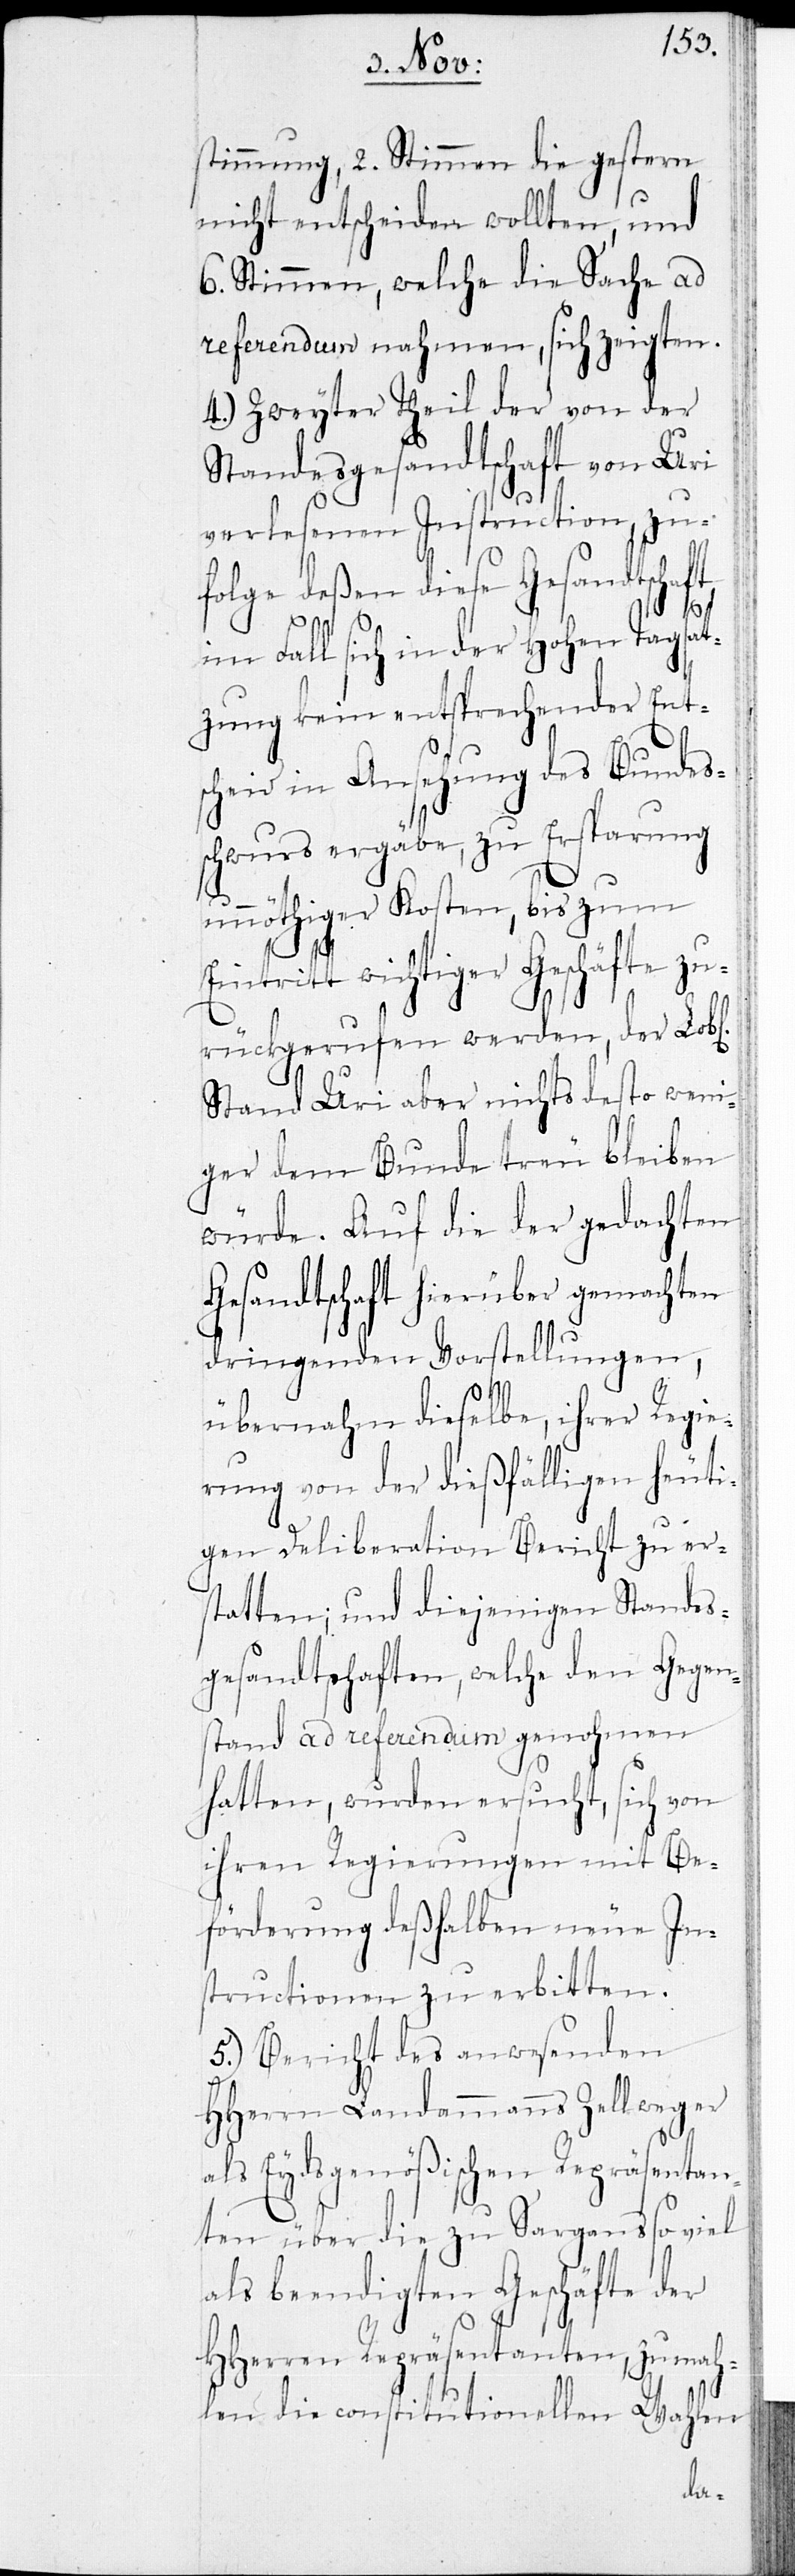
stimmung, 2. Stimmen die gestern
nicht entscheiden wollten, und
6. Stimmen, welche die Sache ad
referendum nahmen, sich zeigten.
4.) Zweyter Theil der von der
Standesgesandtschaft von Uri
verlesenen Instruction, zu¬
folge deßen diese Gesandtschaft
im Fall sich in der Hohen Tagsat¬
zung kein entsprechender Ent¬
scheid in Ansehung des Bundes¬
schwurs ergäbe, zu Ersparung
unnöthiger Kosten, bis zum
Eintritt wichtiger Geschäfte zu¬
rückgerufen werden, der Lobl.
Stand Uri aber nichts desto weni¬
ger dem Bunde treu bleiben
würde. Auf die der gedachten
Gesandtschaft hierüber gemachten
dringenden Vorstellungen,
übernahm dieselbe, ihrer Regie¬
rung von der dießfälligen heuti¬
gen Deliberation Bericht zu er¬
statten; und diejenigen Standes¬
gesandtschaften, welche den Gegen¬
stand ad referendum genohmen
hatten, wurden ersucht, sich von
ihren Regierungen mit Be¬
förderung deshalben neue In¬
structionen zu erbitten.
5.) Bericht des anwesenden
HHerrn Landammanns Zellweger
als Eydsgenößischen Repräsentan¬
ten über die zu Sargans so viel
als beendigten Geschäfte der
HHerren Repräsentanten, zumah¬
len die constitutionellen Wahlen